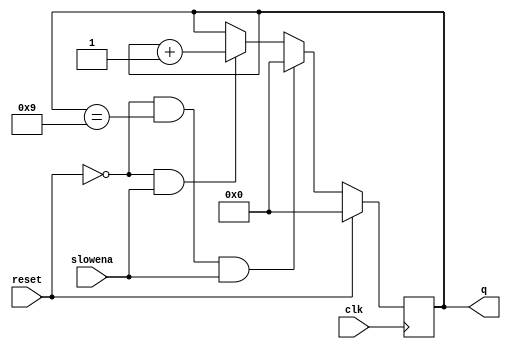
module top_module (
    input clk,
    input slowena,
    input reset,       
    output  reg[3:0] q);
    always @(posedge clk) begin
        if(reset)    q<=4'd0;
        else if(!reset&&q==4'd9&&slowena)     q<=4'd0;
        else if(!reset&&slowena)    q<=q+4'd1;
        else if(!reset&&!slowena)   q<=q;
    end
endmodule
/*
module top_module (
    input clk,
    input slowena,
    input reset,       
    output reg [3:0] q);
    always @(posedge clk) begin
        if(reset)begin
            q<=4'd0;
        end
        else begin
            if(slowena&&q==4'd9)  q<=4'd0;
            else if(slowena)      q<=q+4'd1;
            else if(!slowena)     q<=q;
        end
    end
endmodule